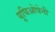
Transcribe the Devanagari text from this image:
यूघिओघेनी